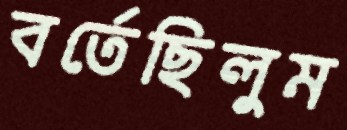
বর্তেছিলুম